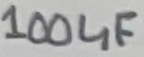
Text: 100uF